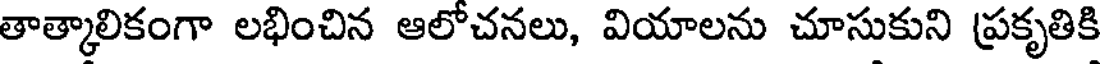
తాత్కాలికంగా లభించిన ఆలోచనలు, వియాలను చూసుకుని ప్రకృతికి